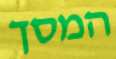
המסך